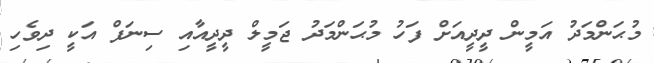
މުޙަންމަދު އަމީން ދީދީއަށް ފަހު މުޙަންމަދު ޖަމީލް ދީދީއާއި ސިނަފް އަކީ ދިވެހި